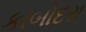
કાબોદરા